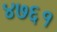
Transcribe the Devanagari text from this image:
४७६१